Civil Veterinary Dept. North-West Frontier Province 1933-46 - 1933-1946
Year: 1933
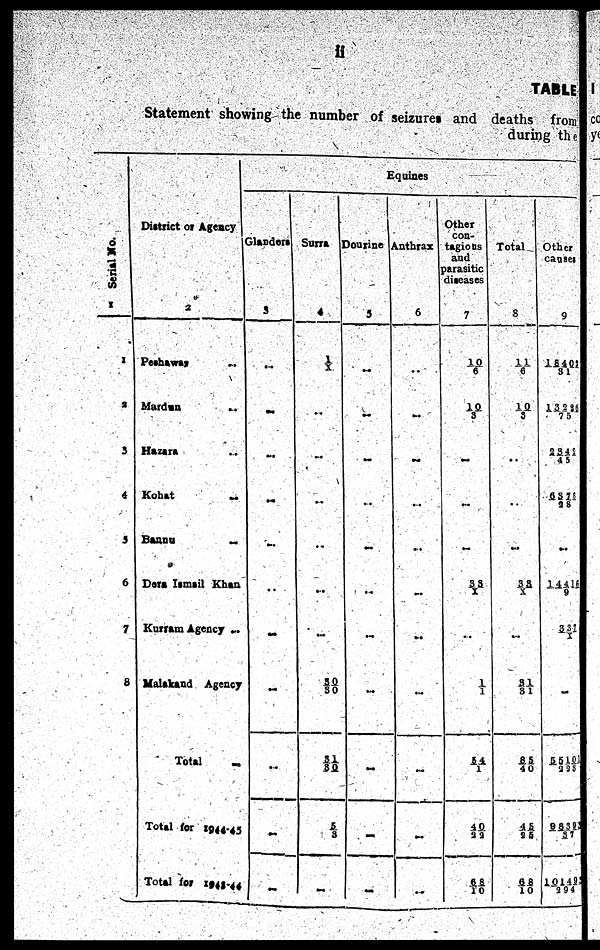
ii
TABLE
Statement showing the number of seizures and deaths from
during the
Serial No.
1
1
2
3
4
5
6
7
8
District or Agency
2
Peshawar ..
Mardan ..
Hazara ..
Kohat
..
Bannu
..
Dera Ismail Khan
Kurram Agency ..
Malakand Agency
Total
..
Total for 1944-45
Total for 1943-44
Equines
Glanders
3
..
..
..
..
..
..
..
..
..
..
..
Surra
4
1/X
..
..
..
..
..
..
50/30
3 1/3 0
5/ 8
..
Dourine
3
..
..
..
..
..
..
..
..
..
..
Anthrax
6
..
..
..
..
..
..
..
..
..
..
..
..
..
Other
con-
tagious
and
parasitic
diseases
7
1 0/6
1 0/3
..
..
..
..
3 3/X
..
1/1
5 4/1
4 0/2 2
6 8/1 0
Total
8
1 1/6
10/3
..
..
..
..
3 5/X
...
3 1/ 8 1
8 5/40
4 5/25
68/10
Other
causes
9
1 8 4 0 1/3 1
1 3 2 2 6/7 5
2 3 4 2/45
6 3 7 8/2 8
..
1 4 4 1 6/9
3 3 7/
..
5 5 1 0 1/2 2
9 8 3 9 3/3 7
1 0 1 4
9/2